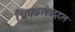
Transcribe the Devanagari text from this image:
चित्रकलेबद्दल